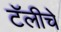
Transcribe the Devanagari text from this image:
टॅलीचे